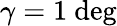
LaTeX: \gamma=1~\mathrm{deg}